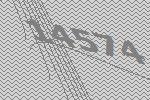
14574